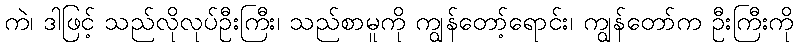
ကဲ၊ ဒါဖြင့် သည်လိုလုပ်ဦးကြီး၊ သည်စာမူကို ကျွန်တော့်ရောင်း၊ ကျွန်တော်က ဦးကြီးကို